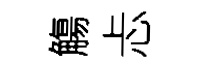
觴忐